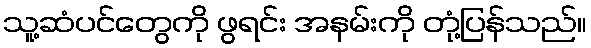
သူ့ဆံပင်တွေကို ဖွရင်း အနမ်းကို တုံ့ပြန်သည်။